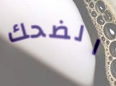
الضحك